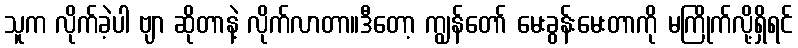
သူက လိုက်ခဲ့ပါ ဗျာ ဆိုတာနဲ့ လိုက်လာတာ။ဒီတော့ ကျွန်တော် မေးခွန်းမေးတာကို မကြိုက်လို့ရှိရင်